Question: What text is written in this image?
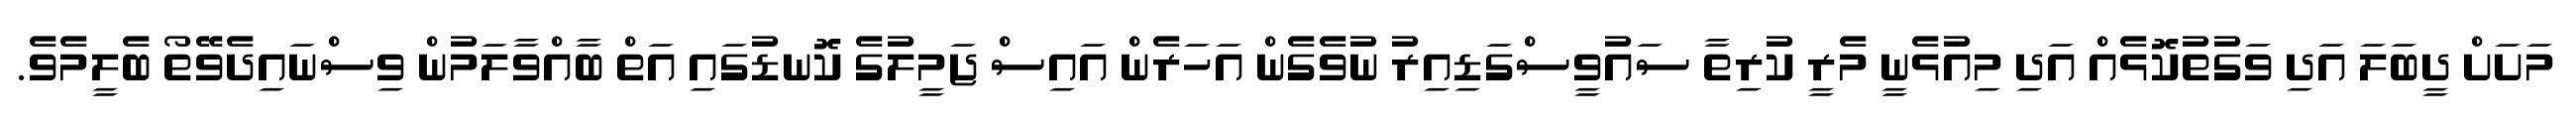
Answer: މަށަށް ދީބަލަ އަދި ވަގުތުކޮޅެއް އަދި މިއުޅެނީ މެރީ ކުރިތާ ސައުވީސްގަޑިއިރު ނުވެގެން އަހަރެން އައިސް ޖަމީލުގެ ކޮނޑުގައި އަތް ބާއްވާލަމުން ވިސްނައިދެވޭތޯ ބެލީމެވެ.